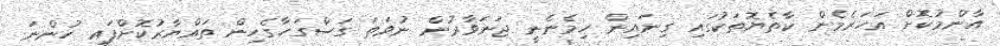
އާންމުކޮށް އަހަރެމެން ކާތެޔޮތަކުގައި ގިނައިން ހިމެނެނީ ޖަނަވާރުން ނުވަތަ ގަސްގަހާގެހިން ތައްޔާރުކޮށްފައި ހުންނަ